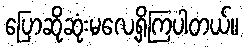
ပြောဆိုဆုံးမလေ့ရှိကြပါတယ်။